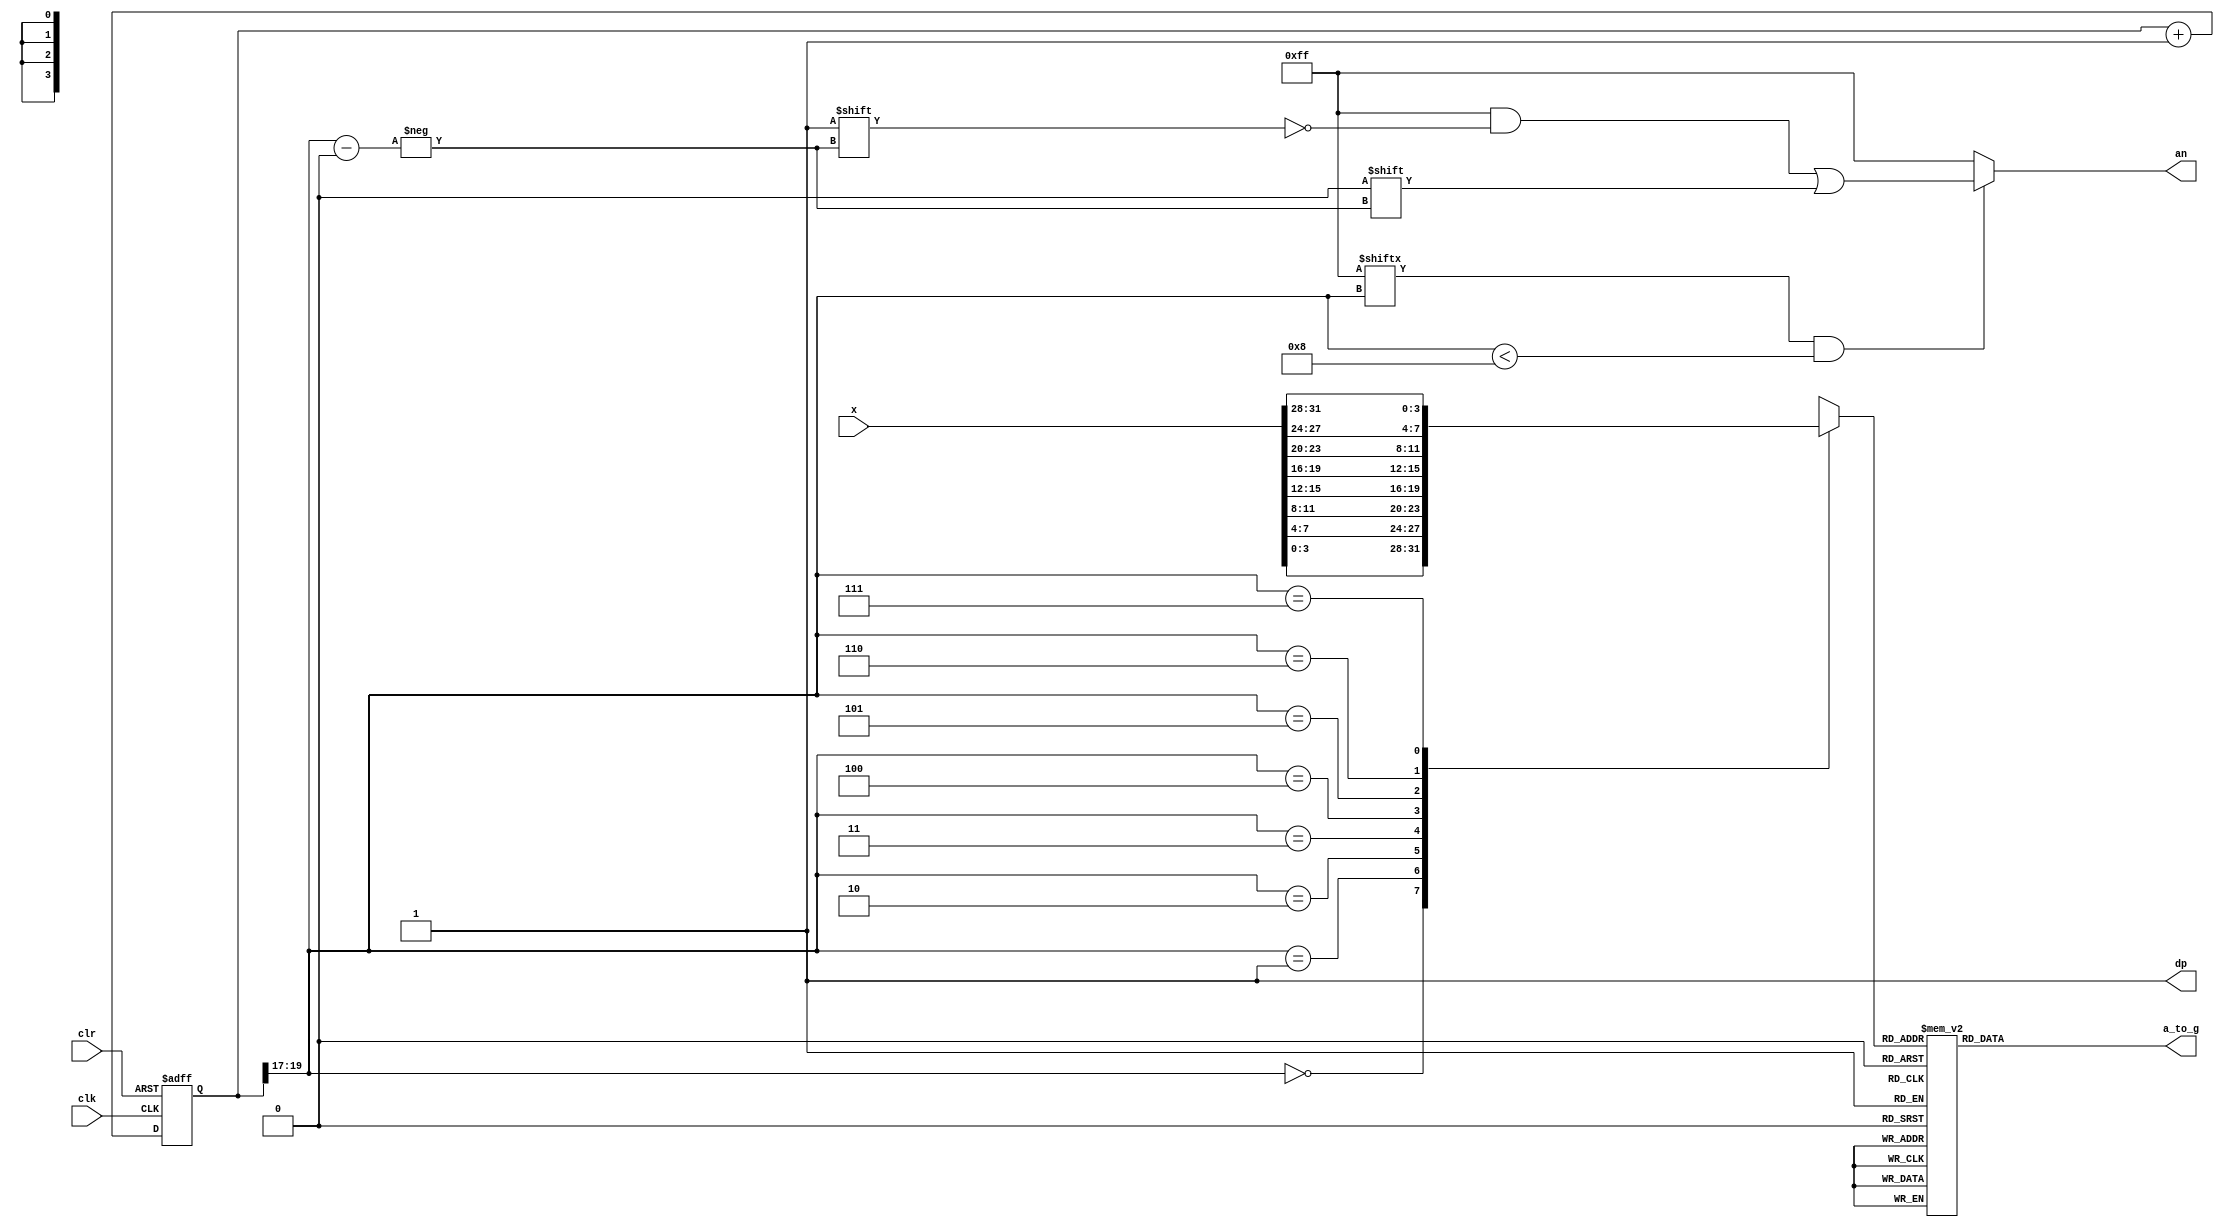
`timescale 1ns / 1ps
//////////////////////////////////////////////////////////////////////////////////
// Company: 
// Engineer: 
// 
// Design Name: 
// Module Name: x7seg
// Project Name: 
// Target Devices: 
// Tool Versions: 
// Description: 
// 
// Dependencies: 
// 
// Revision:
// Revision 0.01 - File Created
// Additional Comments:
// 
//////////////////////////////////////////////////////////////////////////////////


module x7seg(
    input wire [31:0] x,
    input wire clk,
    input wire clr,
    output reg [6:0] a_to_g,
    output reg [7:0] an,
    output wire dp
    );
    wire [2:0]s;
        reg [3:0]digit;
        wire [7:0]aen;
        reg [19:0]clkdiv;
        assign dp=1;
        assign s=clkdiv[19:17];
        assign aen=8'b11111111;
        
        always @(*)
            case (s)
                0:digit=x[3:0];
                1:digit=x[7:4];
                2:digit=x[11:8];
                3:digit=x[15:12];
                4:digit=x[19:16];
                5:digit=x[23:20];
                6:digit=x[27:24];
                7:digit=x[31:28];
                default:digit=x[3:0];
            endcase
        
        always @(*)
            case (digit)
                0:a_to_g=7'b0000001;
                1:a_to_g=7'b1001111;
                2:a_to_g=7'b0010010;
                3:a_to_g=7'b0000110;
                4:a_to_g=7'b1001100;
                5:a_to_g=7'b0100100;
                6:a_to_g=7'b0100000;
                7:a_to_g=7'b0001111;
                8:a_to_g=7'b0000000;
                9:a_to_g=7'b0000100;
                'hA:a_to_g=7'b0001000;
                'hB:a_to_g=7'b1100000;
                'hC:a_to_g=7'b0110001;
                'hD:a_to_g=7'b1000010;
                'hE:a_to_g=7'b0110000;
                'hF:a_to_g=7'b0111000;
                default:a_to_g=7'b0000001;
           endcase
       
       always @(*)
       begin
       an=8'b11111111;
            if(aen[s]==1 && s<8)
                an[s]=0;
       end
       
       always @(posedge clk or posedge clr)
       begin
            if (clr==1)
                clkdiv<=0;
            else 
                clkdiv<=clkdiv+1;
       end
endmodule